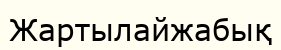
Жартылайжабық